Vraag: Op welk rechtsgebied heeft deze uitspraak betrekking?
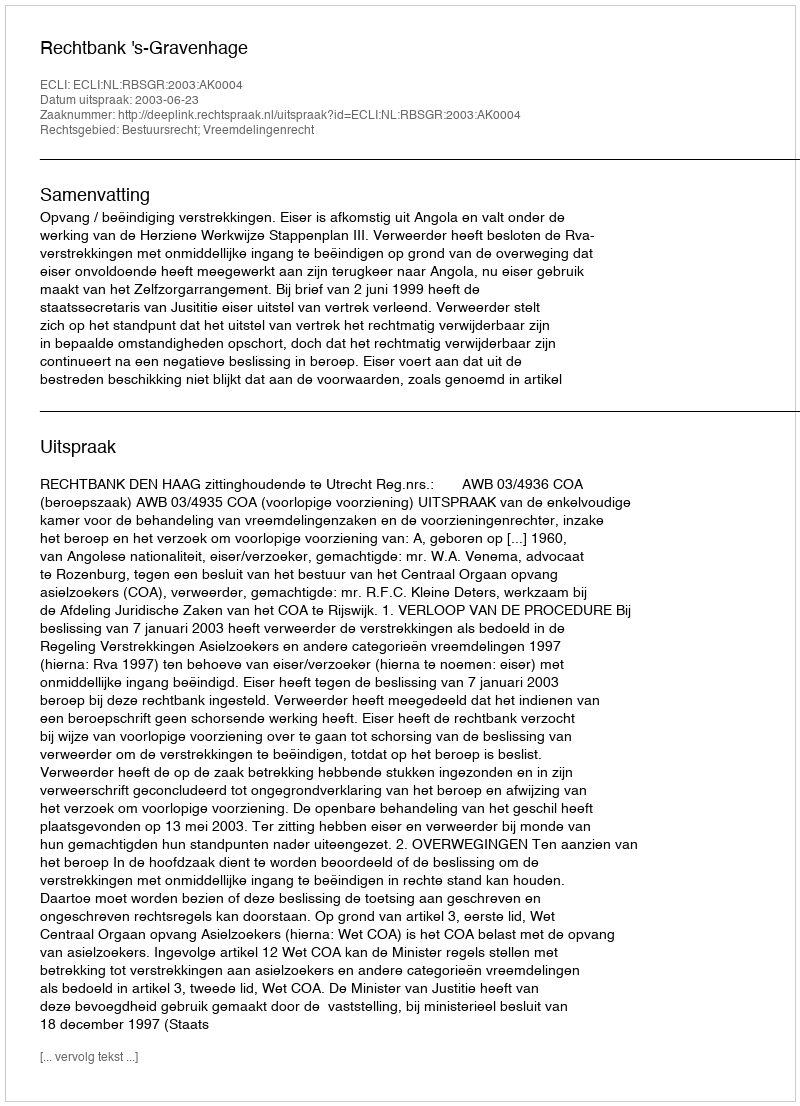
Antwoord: Bestuursrecht; Vreemdelingenrecht